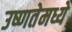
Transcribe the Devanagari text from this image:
उष्णतेमध्ये